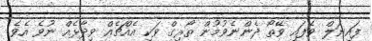
ފައިނަލް ވެފައި ވޭތޯ ދެންނެވުމުން ތޯރިގް ވަކި އެއްޗެއް ވިދާޅެއް ނުވެ އެވެ.